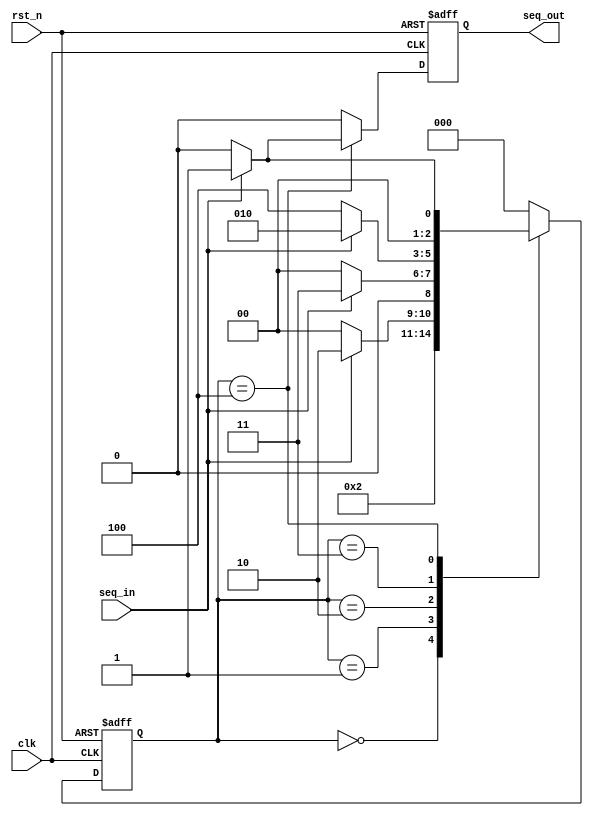
module seq_det(clk,rst_n,seq_in,seq_out);
	input clk;
	input rst_n;
	input seq_in;
	output reg seq_out;
	reg [2:0] current_state;

	parameter [2:0]
			S0 = 3'd0,
			S1 = 3'd1,
			S2 = 3'd2,
			S3 = 3'd3,
			S4 = 3'd4;

	always @(posedge clk or negedge rst_n) 
	begin : proc_1
		if(~rst_n) 
			begin
				 current_state <= S0;
				 seq_out <= 0;
			end 
		else
			begin
				 // current_state <= S0;
				 // seq_out <= 0;
				case (current_state)
					S0 : begin 
						 current_state <=S1;
						 seq_out <= 0;
						 end
					S1: if(seq_in == 1) begin
						current_state <=  S2;
						seq_out <= 0;
						end
						else begin
							current_state <=  S0;
							seq_out <= 0;
						end
					S2:	if(seq_in ==1) begin
							current_state <= S3;
							seq_out <=0;
						end
						else begin
							current_state <= S0;
							seq_out <= 0;
						end
					S3:	if(seq_in ==0) begin
							current_state <= S4;
							seq_out <=0;
						end
						else begin
							current_state <= S2;
							seq_out <= 0;
						end
					S4:	if(seq_in ==1) begin
							current_state <= S1;
							seq_out <=1;
						end
						else begin
							current_state <= S0;
							seq_out <= 0;
						end
					default : begin
							current_state <=S0;
							seq_out <=0;
							end
				endcase
			end
	end
endmodule // seq_det